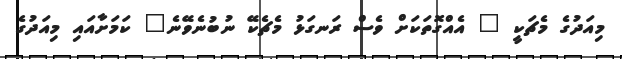
މިއަދުގެ މެޗަކީ " އެއްގޮތަކަށް ވެސް ރަނގަޅު މެޗެކޭ ނުބުނެވޭނެ" ކަމަށާއައި މިއަދުގެ